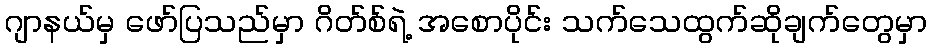
ဂျာနယ်မှ ဖော်ပြသည်မှာ ဂိတ်စ်ရဲ့ အစောပိုင်း သက်သေထွက်ဆိုချက်တွေမှာ